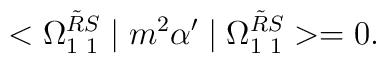
<\Omega_{1\hspace*{1mm}1}^{\tilde{R}S}\mid m^2\alpha'\mid\Omega_{1\hspace*{1mm}1}^{\tilde{R}S}>=0.